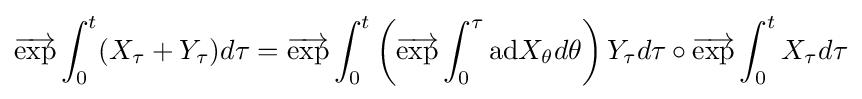
{\overrightarrow {\mathrm {exp} }}\int _{0}^{t}(X_{\tau }+Y_{\tau })d\tau ={\overrightarrow {\mathrm {exp} }}\int _{0}^{t}\left({\overrightarrow {\mathrm {exp} }}\int _{0}^{\tau }\mathrm {ad} X_{\theta }d\theta \right)Y_{\tau }d\tau \circ {\overrightarrow {\mathrm {exp} }}\int _{0}^{t}X_{\tau }d\tau